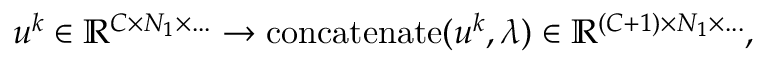
u ^ { k } \in \mathbb { R } ^ { C \times N _ { 1 } \times . . . } \rightarrow \mathrm { c o n c a t e n a t e } ( u ^ { k } , \lambda ) \in \mathbb { R } ^ { ( C + 1 ) \times N _ { 1 } \times . . . } ,